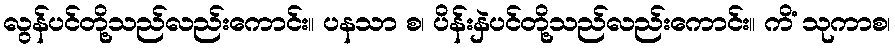
လွန်ပင်တို့သည်လည်းကောင်း။ ပနသာ စ၊ ပိန်းနှဲပင်တို့သည်လည်းကောင်း။ ကိံ သုကာစ၊